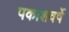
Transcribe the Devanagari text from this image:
पकाशवर्षे